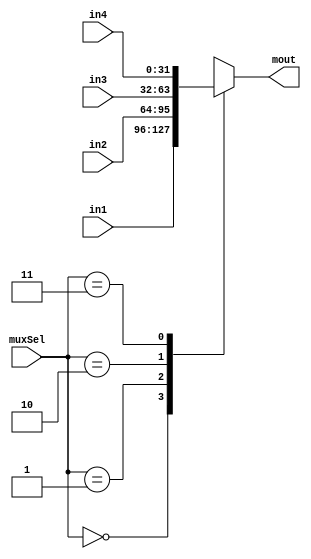
/**/

/*
(.muxSel(), .in1(), .in2(), .in3(), .in4(), .mout())
*/
module mux_4_32(
    input wire[1:0]  muxSel,
    input wire[31:0] in1, in2, in3, in4,
    
    output reg[31:0] mout
    );
    
    always @ (muxSel or in1 or in2 or in3 or in4) begin
        case(muxSel)
            2'b00: mout <= in1;
            2'b01: mout <= in2;
            3'b10: mout <= in3;
            4'b11: mout <= in4;
        endcase
    end
endmodule

/*
(.muxSel(), .in1(), .in2(), .mout())
*/
module mux_4_5(
    input wire[1:0] muxSel,
    input wire[4:0] in1,in2,
    output reg[4:0] mout
    );
    
    always @ (muxSel or in1 or in2) begin
        case(muxSel)
            2'b00: mout <= in1;
            2'b01: mout <= in2;
            2'b10: mout <= 'h1f;
        endcase
    end
endmodule

/*
(.muxSel(), .in1(), .in2(), .mout())
*/
module mux_2(
    input wire       muxSel,
    input wire[31:0] in1,in2,
    output reg[31:0] mout
    );
    
    always @ (muxSel or in1 or in2) begin
        case(muxSel)
            1'b0: mout <= in1;
            1'b1: mout <= in2;
        endcase
    end
endmodule